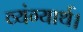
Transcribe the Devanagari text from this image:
व्यंग्यार्थ।